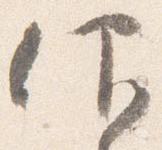
仰